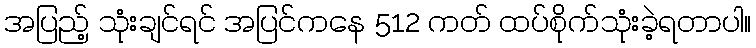
အပြည့် သုံးချင်ရင် အပြင်ကနေ 512 ကတ် ထပ်စိုက်သုံးခဲ့ရတာပါ။